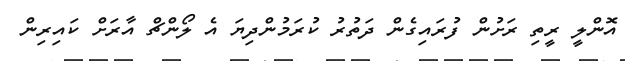
އޮންލީ ރީތި ރަށުން ފުރައިގެން ދަތުރު ކުރަމުންދިޔަ އެ ލޯންޗް އާރަށް ކައިރިން